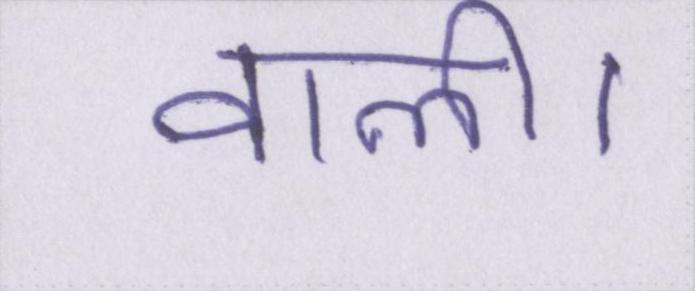
वाली।